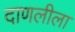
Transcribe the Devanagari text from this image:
दाणलीला